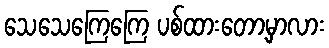
သေသေကြေကြေ ပစ်ထားတော့မှာလား